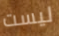
ليست